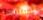
تحقيقها